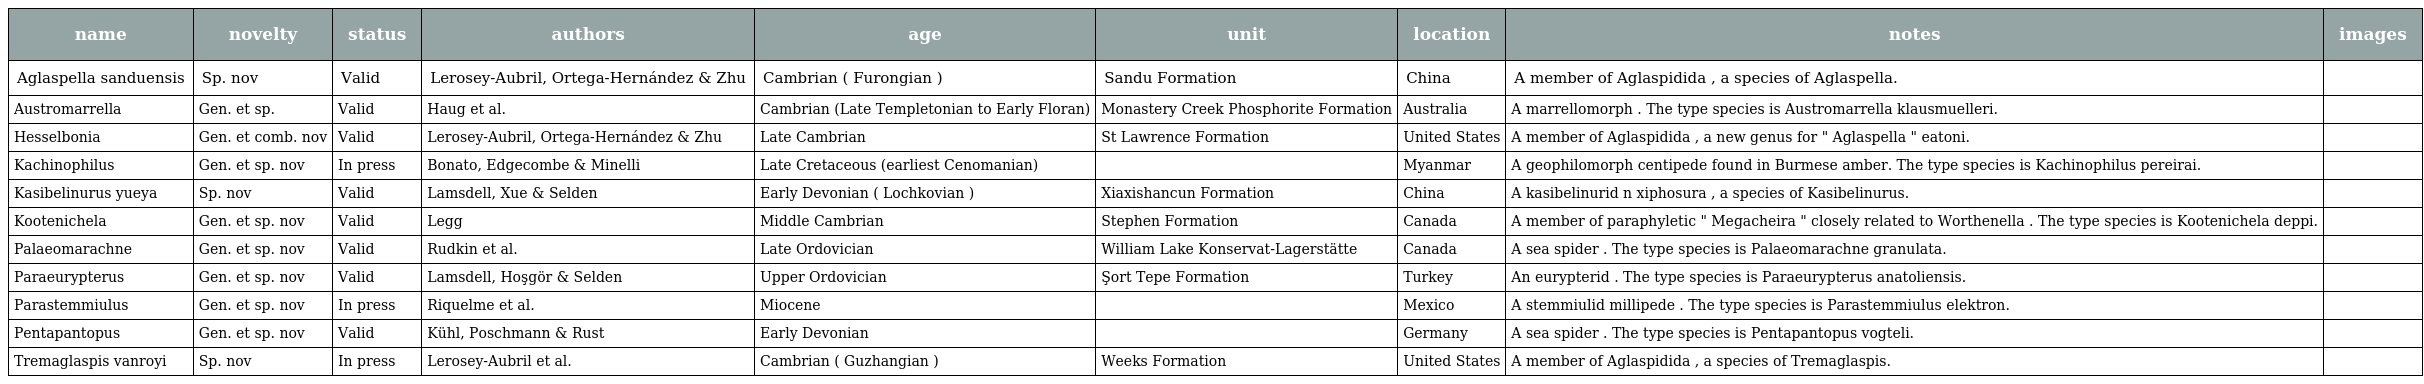
| name | novelty | status | authors | age | unit | location | notes | images |
 | --- | --- | --- | --- | --- | --- | --- | --- | --- |
 | Aglaspella sanduensis | Sp. nov | Valid | Lerosey-Aubril, Ortega-Hernández & Zhu | Cambrian ( Furongian ) | Sandu Formation | China | A member of Aglaspidida , a species of Aglaspella. |  |
 | Austromarrella | Gen. et sp. | Valid | Haug et al. | Cambrian (Late Templetonian to Early Floran) | Monastery Creek Phosphorite Formation | Australia | A marrellomorph . The type species is Austromarrella klausmuelleri. |  |
 | Hesselbonia | Gen. et comb. nov | Valid | Lerosey-Aubril, Ortega-Hernández & Zhu | Late Cambrian | St Lawrence Formation | United States | A member of Aglaspidida , a new genus for " Aglaspella " eatoni. |  |
 | Kachinophilus | Gen. et sp. nov | In press | Bonato, Edgecombe & Minelli | Late Cretaceous (earliest Cenomanian) |  | Myanmar | A geophilomorph centipede found in Burmese amber. The type species is Kachinophilus pereirai. |  |
 | Kasibelinurus yueya | Sp. nov | Valid | Lamsdell, Xue & Selden | Early Devonian ( Lochkovian ) | Xiaxishancun Formation | China | A kasibelinurid n xiphosura , a species of Kasibelinurus. |  |
 | Kootenichela | Gen. et sp. nov | Valid | Legg | Middle Cambrian | Stephen Formation | Canada | A member of paraphyletic " Megacheira " closely related to Worthenella . The type species is Kootenichela deppi. |  |
 | Palaeomarachne | Gen. et sp. nov | Valid | Rudkin et al. | Late Ordovician | William Lake Konservat-Lagerstätte | Canada | A sea spider . The type species is Palaeomarachne granulata. |  |
 | Paraeurypterus | Gen. et sp. nov | Valid | Lamsdell, Hoşgör & Selden | Upper Ordovician | Şort Tepe Formation | Turkey | An eurypterid . The type species is Paraeurypterus anatoliensis. |  |
 | Parastemmiulus | Gen. et sp. nov | In press | Riquelme et al. | Miocene |  | Mexico | A stemmiulid millipede . The type species is Parastemmiulus elektron. |  |
 | Pentapantopus | Gen. et sp. nov | Valid | Kühl, Poschmann & Rust | Early Devonian |  | Germany | A sea spider . The type species is Pentapantopus vogteli. |  |
 | Tremaglaspis vanroyi | Sp. nov | In press | Lerosey-Aubril et al. | Cambrian ( Guzhangian ) | Weeks Formation | United States | A member of Aglaspidida , a species of Tremaglaspis. |  |